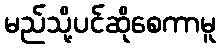
မည်သို့ပင်ဆိုစေကာမူ